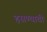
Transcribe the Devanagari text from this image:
हसण्याची